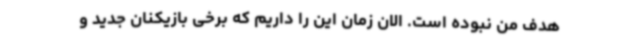
هدف من نبوده است.‌ الان زمان این را داریم که برخی بازیکنان جدید و